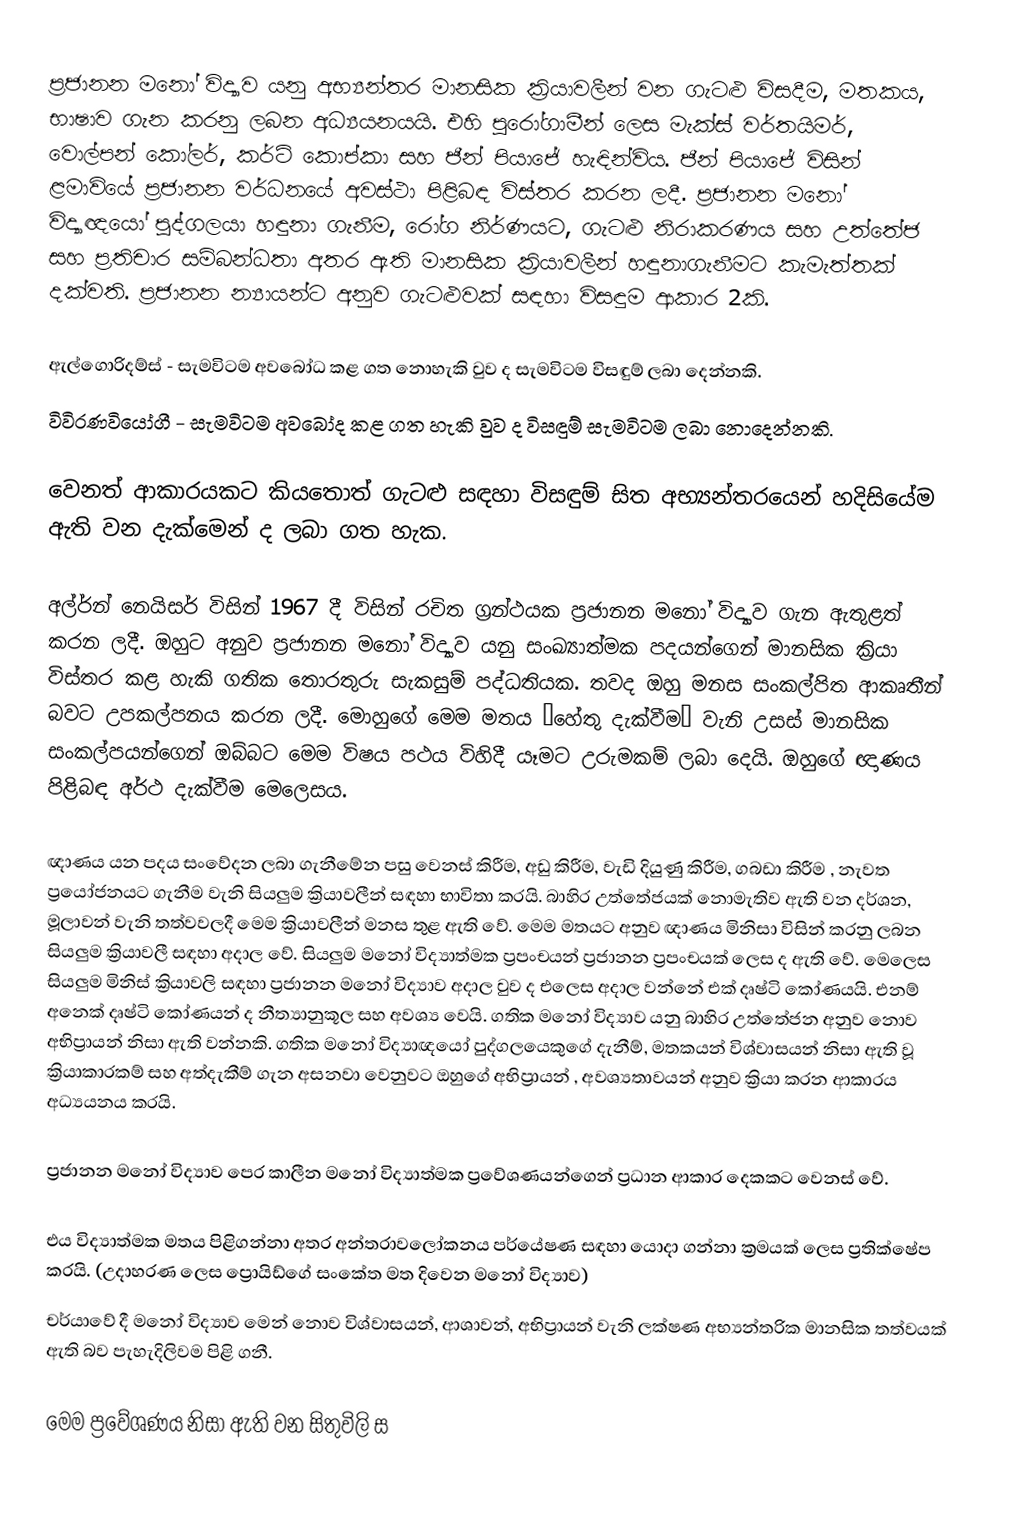
ප්‍රජානන මනෝ විද්‍යාව යනු අභ්‍යන්තර මානසික ක්‍රියාවලීන් වන ගැටළු විසදීම, මතකය, භාෂාව ගැන කරනු ලබන අධ්‍යයනයයි. එහි පුරෝගාමීන් ලෙස මැක්ස් වර්තයිමර්, වොල්පන් කෝලර්, කර්ට් කොප්කා සහ ජීන් පියාජේ හැඳින්විය. ජීන් පියාජේ විසින් ළමාවියේ ප්‍රජානන වර්ධනයේ අවස්ථා පිළිබඳ විස්තර කරන ලදී. ප්‍රජානන මනෝ විද්‍යාඥයෝ පුද්ගලයා හඳුනා ගැනීම, රෝග නිර්ණයට, ගැටළු නිරාකරණය සහ උත්තේජ සහ ප්‍රතිචාර සම්බන්ධතා අතර ඇති මානසික ක්‍රියාවලීන් හඳුනාගැනීමට කැමැත්තක් දක්වති. ප්‍රජානන න්‍යායන්ට අනුව ගැටළුවක් සඳහා විසඳුම ආකාර 2කි.

ඇල්ගොරිදම්ස් - සැමවිටම අ‍වබෝධ කළ ගත නොහැකි වුව ද සැමවිටම විසඳුම් ලබා දෙන්නකි.
විවිරණවියෝගී - සැමවිටම අවබෝද කළ ගත හැකි වුව ද  විසඳුම් සැමවිටම ලබා නොදෙන්නකි.

වෙනත් ආකාරයකට කියතොත් ගැටළු සඳහා විසඳුම් සිත අභ්‍යන්තරයෙන් හදිසියේම ඇති වන දැක්මෙන් ද ලබා ගත හැක.

අල්ර්න් නෙයිසර් විසින් 1967 දී  විසින් රචිත ග්‍රන්ථයක ප්‍රජානන ම‍නෝ විද්‍යාව ගැන ඇතුළත් කරන ලදී. ඔහුට අනුව ප්‍රජානන මනෝ විද්‍යාව යනු සංඛ්‍යාත්මක පදයන්ගෙන් මානසික ක්‍රියා විස්තර කළ හැකි ගතික තොරතුරු සැකසුම් පද්ධතියක. තවද ඔහු මනස සංකල්පිත ආකෘතීන් බවට උපකල්පනය කරන ලදී. මොහුගේ ‍මෙම මතය “හේතු දැක්වීම” වැනි උසස් මානසික සංකල්පයන්ගෙන් ඔබ්බට මෙම විෂය පථය විහිදී යෑමට උරුමකම් ලබා දෙයි. ඔහුගේ ඥාණය පිළිබඳ අර්ථ දැක්වීම මෙලෙසය.

ඥාණය යන පදය සංවේදන ලබා ගැනීමේන පසු වෙනස් කිරීම, අඩු කිරීම, වැඩි දියුණු කිරීම, ගබඩා කිරීම , නැවත ප්‍රයෝජනයට ගැනීම වැනි සියලුම ක්‍රියාවලීන් සඳහා භාවිතා කරයි. බාහිර උත්තේජයක් නොමැතිව ඇති වන දර්ශන, මූලාවන් වැනි තත්වවලදී මෙම ක්‍රියාවලීන් මනස තුළ ඇති වේ. මෙම මතයට අනුව ඥාණය මිනිසා විසින් කරනු ලබන සියලුම ක්‍රියාවලී සඳහා අදාල වේ. සියලුම මනෝ විද්‍යාත්මක ප්‍රපංචයන් ප්‍රජානන ප්‍රපංචයක් ලෙස ද ඇති වේ. මෙලෙස සියලුම මිනිස් ක්‍රියාවලි සඳහා ප්‍රජානන මනෝ විද්‍යාව අදාල වුව ද එලෙස අදාල වන්නේ එක් දෘෂ්ටි කෝණයයි. එනම් අනෙක් දෘෂ්ටි කෝණයන් ද නීත්‍යානුකූල සහ අවශ්‍ය වෙයි. ගතික මනෝ විද්‍යාව යනු බාහිර උත්තේජන අනුව නොව අභිප්‍රායන් නිසා ඇති වන්නකි. ගතික මනෝ විද්‍යාඥයෝ පුද්ගලයෙකුගේ දැනීම්, මතකයන් විශ්වාසයන් නිසා ඇති වූ ක්‍රියාකාරකම් සහ අත්දැකීම් ගැන අසනවා වෙනුවට ඔහුගේ අභිප්‍රායන් , අවශ්‍යතාවයන් අනුව ක්‍රියා කරන ආකාරය අධ්‍යයනය කරයි.

ප්‍රජානන මනෝ විද්‍යාව පෙර කාලීන මනෝ විද්‍යාත්මක ප්‍රවේශණයන්ගෙන් ප්‍රධාන ආකාර දෙකකට වෙනස් වේ.

එය විද්‍යාත්මක මතය පිළිගන්නා අතර අන්තරාවලෝකනය පර්යේෂණ සඳහා යොදා ගන්නා ක්‍රමයක් ලෙස ප්‍රතික්ෂේප කරයි. (උදාහරණ ලෙස ප්‍රොයිඩ්ගේ සංකේත මත දිවෙන මනෝ විද්‍යාව)
චර්යාවේ දී මනෝ විද්‍යාව මෙන් නොව විශ්වාසයන්, ආශාවන්, අභිප්‍රායන් වැනි ලක්ෂණ අභ්‍යන්තරික මානසික තත්වයක් ඇති බව පැහැදිලිවම පිළි ගනී.

මෙම ප්‍රවේශණය නිසා ඇති වන සිතුවිලි ස